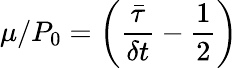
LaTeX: \mu/P_{0}=\left(\frac{\bar{\tau}}{\delta t}-\frac{1}{2}\right)